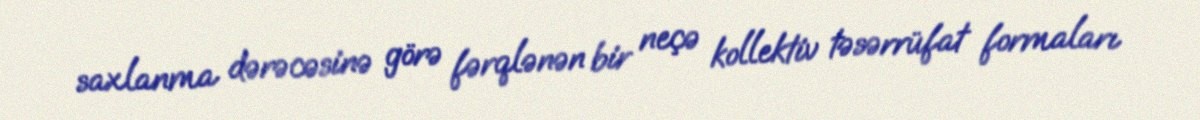
saxlanma dərəcəsinə görə fərqlənən bir neçə kollektiv təsərrüfat formaları